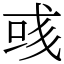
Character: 彧